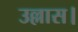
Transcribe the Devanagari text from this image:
उल्लास।